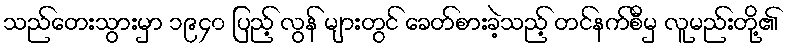
သည်တေးသွားမှာ ၁၉၄၀ ပြည့် လွန် များတွင် ခေတ်စားခဲ့သည့် တင်နက်စီမှ လူမည်းတို့၏